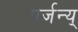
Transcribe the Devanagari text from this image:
पर्जन्य्